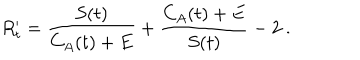
R _ { t } ^ { \prime } = \frac { S ( t ) } { C _ { A } ( t ) + E } + \frac { C _ { A } ( t ) + E } { S ( t ) } - 2 \ .